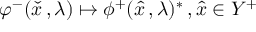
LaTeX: \varphi ^ { - } ( { \check { x } } \, , \lambda ) \mapsto \phi ^ { + } ( { \hat { x } } \, , \lambda ) ^ { * } \, , { \hat { x } } \in Y ^ { + }